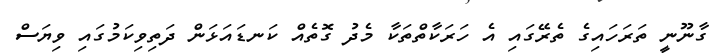
ގާނޫނީ ތަރަހައިގެ ތެރޭގައި އެ ހަރަކާތްތަކާ މެދު ގޮތެއް ކަނޑައަޅަން ދަތިވިކަމުގައި ވިޔަސް